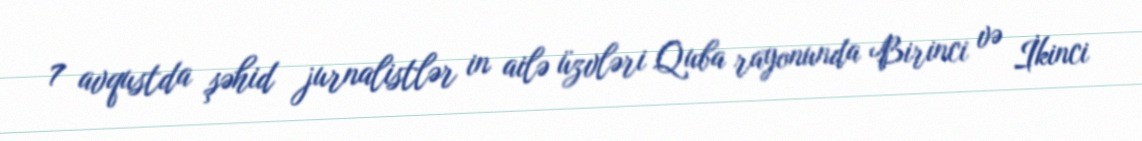
7 avqustda şəhid jurnalistlər in ailə üzvləri Quba rayonunda Birinci və İkinci